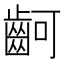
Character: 䶗